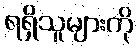
ရရှိသူများကို